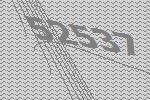
52537